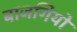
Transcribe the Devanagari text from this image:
बाजगियों